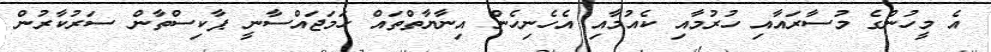
އެ މީހުންގެ މުސާރައާއި ހުރުމާއި ކެއުމާއި އެހެނިހެން އިނާޔާތްތައް ހަމަޖައްސާނީ ޕާކިސްތާން ސަރުކާރުން